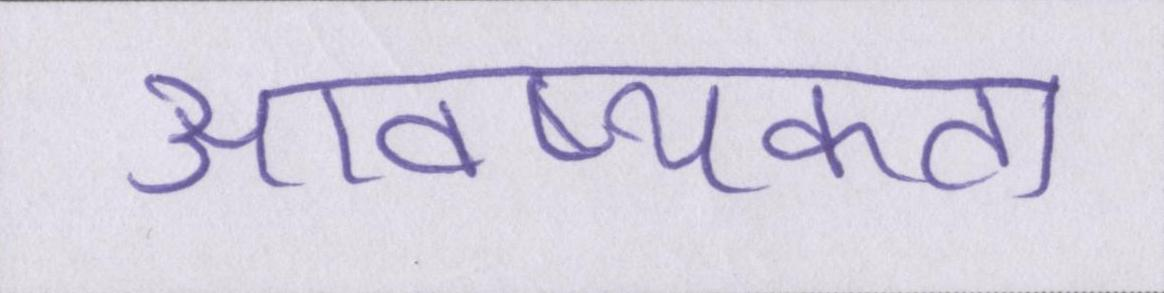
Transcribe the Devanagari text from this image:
आवष्यकता